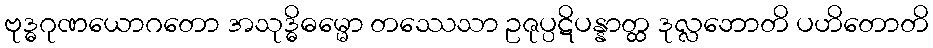
ဗုဒ္ဓဂုဏယောဂတော အသုဒ္ဓိဓမ္မော တဿေသာ ဥဇုပ္ပဋိပန္နာတ္ထ ဒုလ္လဘောတိ ပဟိတောတိ